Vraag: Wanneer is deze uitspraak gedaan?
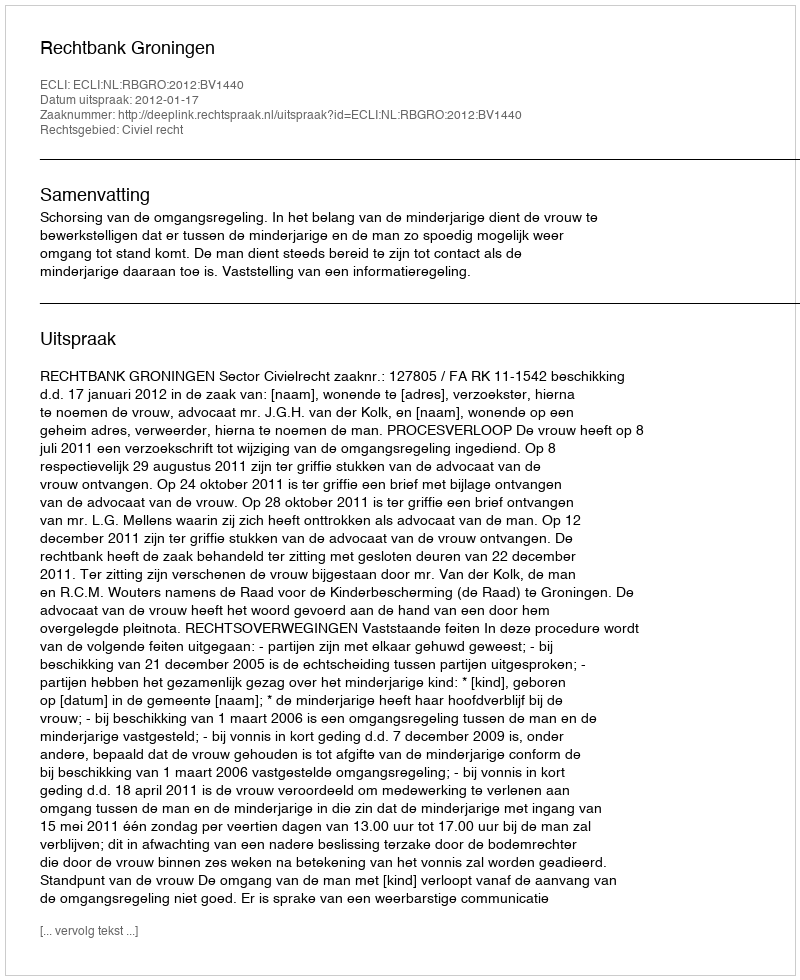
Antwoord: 2012-01-17